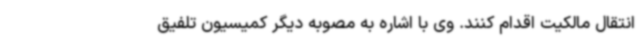
انتقال مالکیت اقدام کنند. وی با اشاره به مصوبه دیگر کمیسیون‌ تلفیق